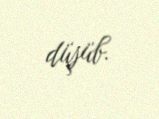
düşüb.